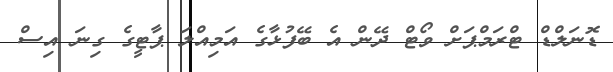
ޑޮނަލްޑް ޓްރަމްޕަށް ވޯޓް ދޭން އެ ބޭފުޅާގެ އަމިއްލަ ޕާޓީގެ ގިނަ އިސް